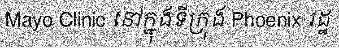
Mayo Clinic នៅក្នុងទីក្រុង Phoenix រដ្ឋ